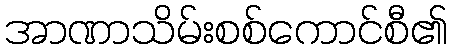
အာဏာသိမ်းစစ်ကောင်စီ၏